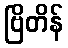
ဗြိတိန်